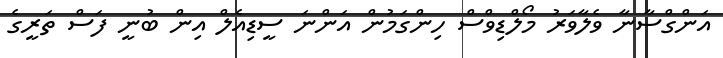
އަންގްސާނާ ވެލާވަރު މޯލްޑިވްސް ހިންގަމުން އަންނަ ސީޑިއެލް އިން ބުނީ ފަސް ތަރީގެ